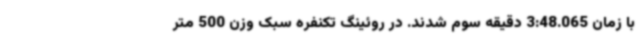
با زمان 3:48.065 دقیقه سوم شدند. در روئینگ تکنفره سبک وزن 500 متر